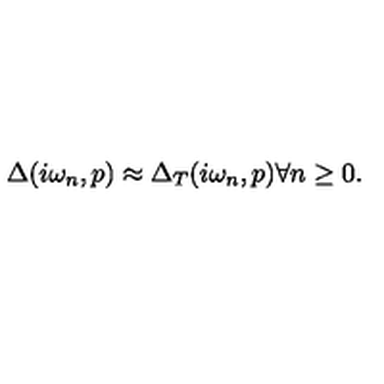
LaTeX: \Delta ( i \omega _ { n } , p ) \approx \Delta _ { T } ( i \omega _ { n } , p ) \forall n \geq 0 .